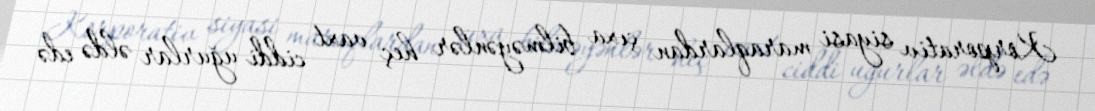
Korporativ siyasi maraqlardan çıxa bilməyənlər heç vaxt ciddi uğurlar əldə edə